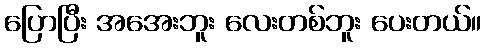
ပြောပြီး အအေးဘူး လေးတစ်ဘူး ပေးတယ်။